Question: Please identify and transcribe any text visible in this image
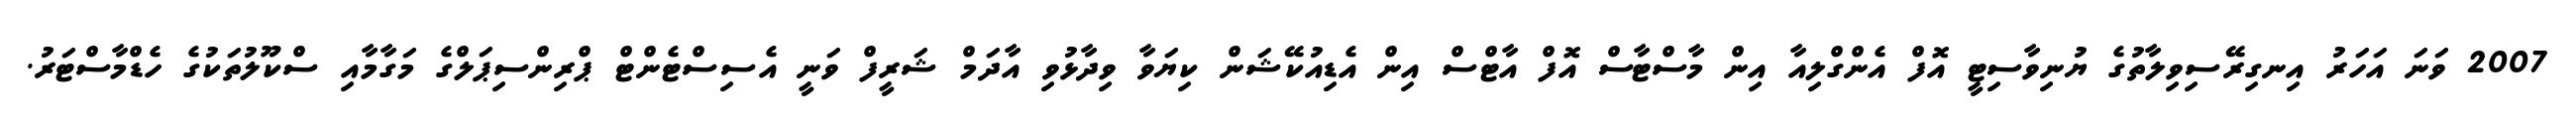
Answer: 2007 ވަނަ އަހަރު އިނގިރޭސިވިލާތުގެ ޔުނިވާސިޓީ އޮފް އެންގްލިއާ އިން މާސްޓާސް އޮފް އާޓްސް އިން އެޑިއުކޭޝަން ކިޔަވާ ވިދާޅުވި އާދަމް ޝަރީފް ވަނީ އެސިސްޓެންޓް ޕްރިންސިޕަލްގެ މަގާމާއި ސްކޫލުތަކުގެ ހެޑްމާސްޓަރު.